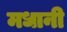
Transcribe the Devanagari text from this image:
मधानी